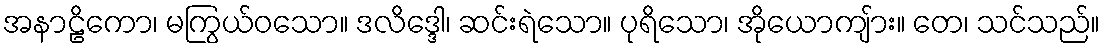
အနာဠိကော၊ မကြွယ်ဝသော။ ဒလိဒ္ဒေါ၊ ဆင်းရဲသော။ ပုရိသော၊ အိုယောကျ်ား။ တေ၊ သင်သည်။